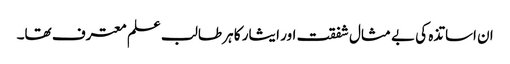
ان اساتذہ کی بے مثال شفقت اور ایثار کا ہر طالب علم معترف تھا۔